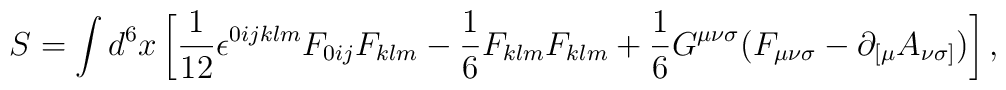
S=\int d^{6}x\left[{\frac{1}{12}}{\epsilon}^{0ijklm}F_{0ij}F_{klm}-{\frac 1 6}F_{klm}F_{klm}+{\frac 1 6}G^{{\mu}{\nu}{\sigma}}(F_{{\mu}{\nu}{\sigma}}-{\partial}_{[{\mu}}A_{{\nu}{\sigma}]})\right],